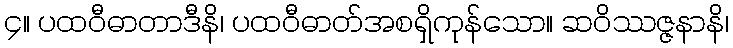
၄။ ပထဝီဓာတာဒီနိ၊ ပထဝီဓာတ်အစရှိကုန်သော။ ဆဝိဿဇ္ဇနာနိ၊